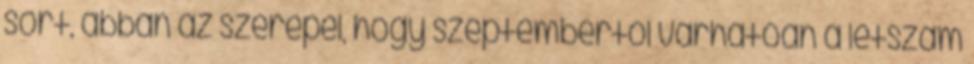
sort, abban az szerepel, hogy szeptembertől várhatóan a létszám